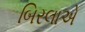
બિરલાએ